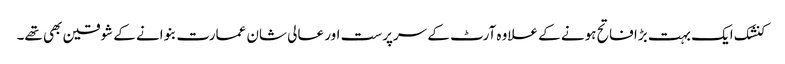
کنشک ایک بہت بڑا فاتح ہونے کے علاوہ آرٹ کے سرپرست اور عالی شان عمارت بنوانے کے شوقین بھی تھے۔